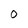
Character: O